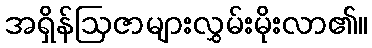
အရှိန်ဩဇာများလွှမ်းမိုးလာ၏။